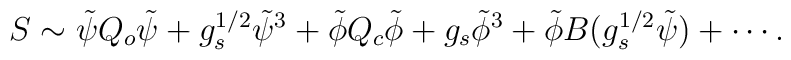
S\sim\tilde{\psi} Q_o \tilde{\psi} +g_s^{1/2} \tilde{\psi}^3+\tilde{\phi} Q_c \tilde{\phi} + g_s \tilde{\phi}^3+ \tilde{\phi}B(g_s^{1/2}\tilde{\psi})+\cdots.